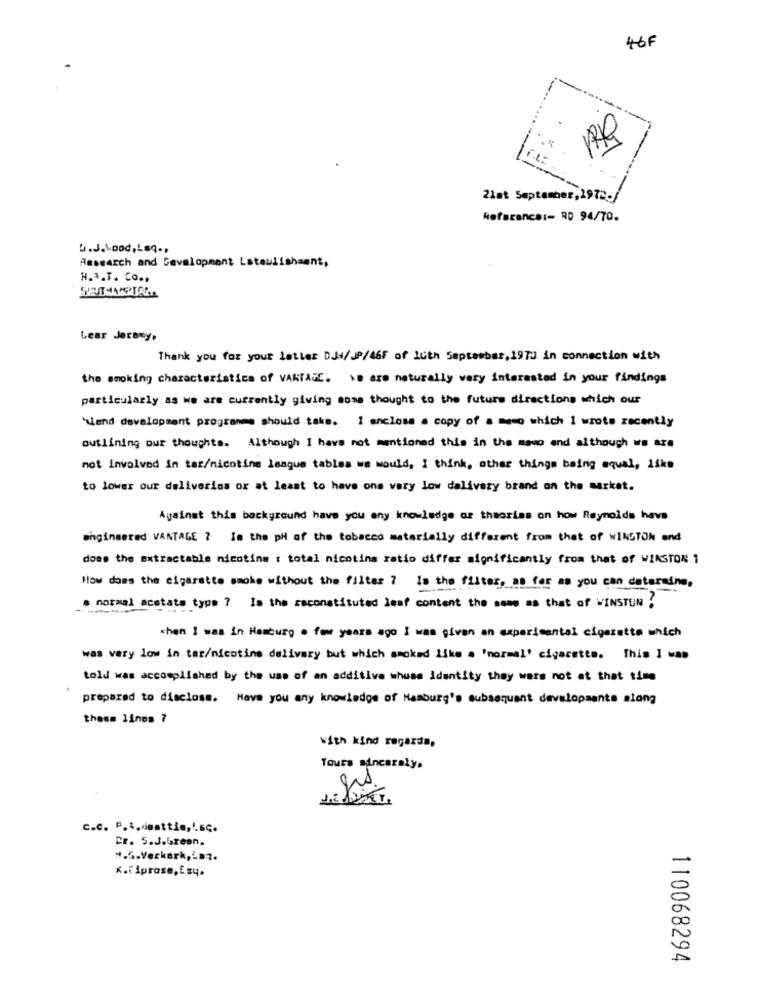
46F
21at September,1972.
Referance :- RD 94/70.
b.J.Mood,LEQ. ,
Research and Development Lataulishsent,
H.A.T. CO .,
Lear Jeremy,
Thank you for your letter DJv/JP/46F of 10th September, 19TJ in connection with
the smoking characteristics of VANTAGE. we are naturally very interested in your findings
particularly as we are currently giving some thought to the future directions which our
Wend development programme should take. I enclose a copy of a meno which I wrote recently
outlining our thoughts. Although I have not mentioned this in the maso end although we are
not involved in tar/nicotine league tables we would, I think, other things being equal, like
to lower our deliveries or at least to have ons vary low delivery brand on the market.
Against this background have you any knowledge or theories on how Reynolds have
engineered VANTAGE 7 Is the pH of the tobacco materially different from that of WINSTON and
does the extractable nicotine : total nicotina ratio differ significantly from that of WINSTON 1
How does the cigarette smoke without the filter ? is the filter, as far as you can determine,
s normal acetate type 7 Is the zaconstituted leaf content the same as that of WINSTON !
when I was in Hamburg . few years ago I was given an experimental cigarette which
was very low in tar/nicotine delivery but which smoked like a 'normal' cigarette. This I was
told was accomplished by the use of an additive whuse Identity they were not at that time
prepared to disclose. Have you any knowledge of Hamburg's subsequent developments along
these lines 7
with kind regards,
Yours sincerely.
C.C. P.4.omattie,Lsc.
Er. S.J.Green.
K.fiprose, Esq.
110068294